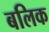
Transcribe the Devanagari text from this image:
बलिक